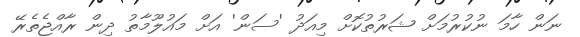
ނަން ހާމަ ނުކުރުމަށް ޝަރުތުކޮށް މިއަދު 'ސަން' އަށް މައުލޫމާތު ދިން ރާއްޖެތެރޭ